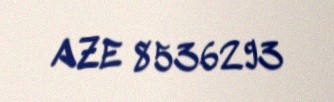
AZE 8536293